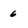
Character: 6